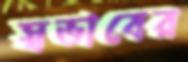
স্বভাবের